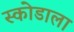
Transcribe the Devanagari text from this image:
स्कोडाला